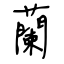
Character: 蘭